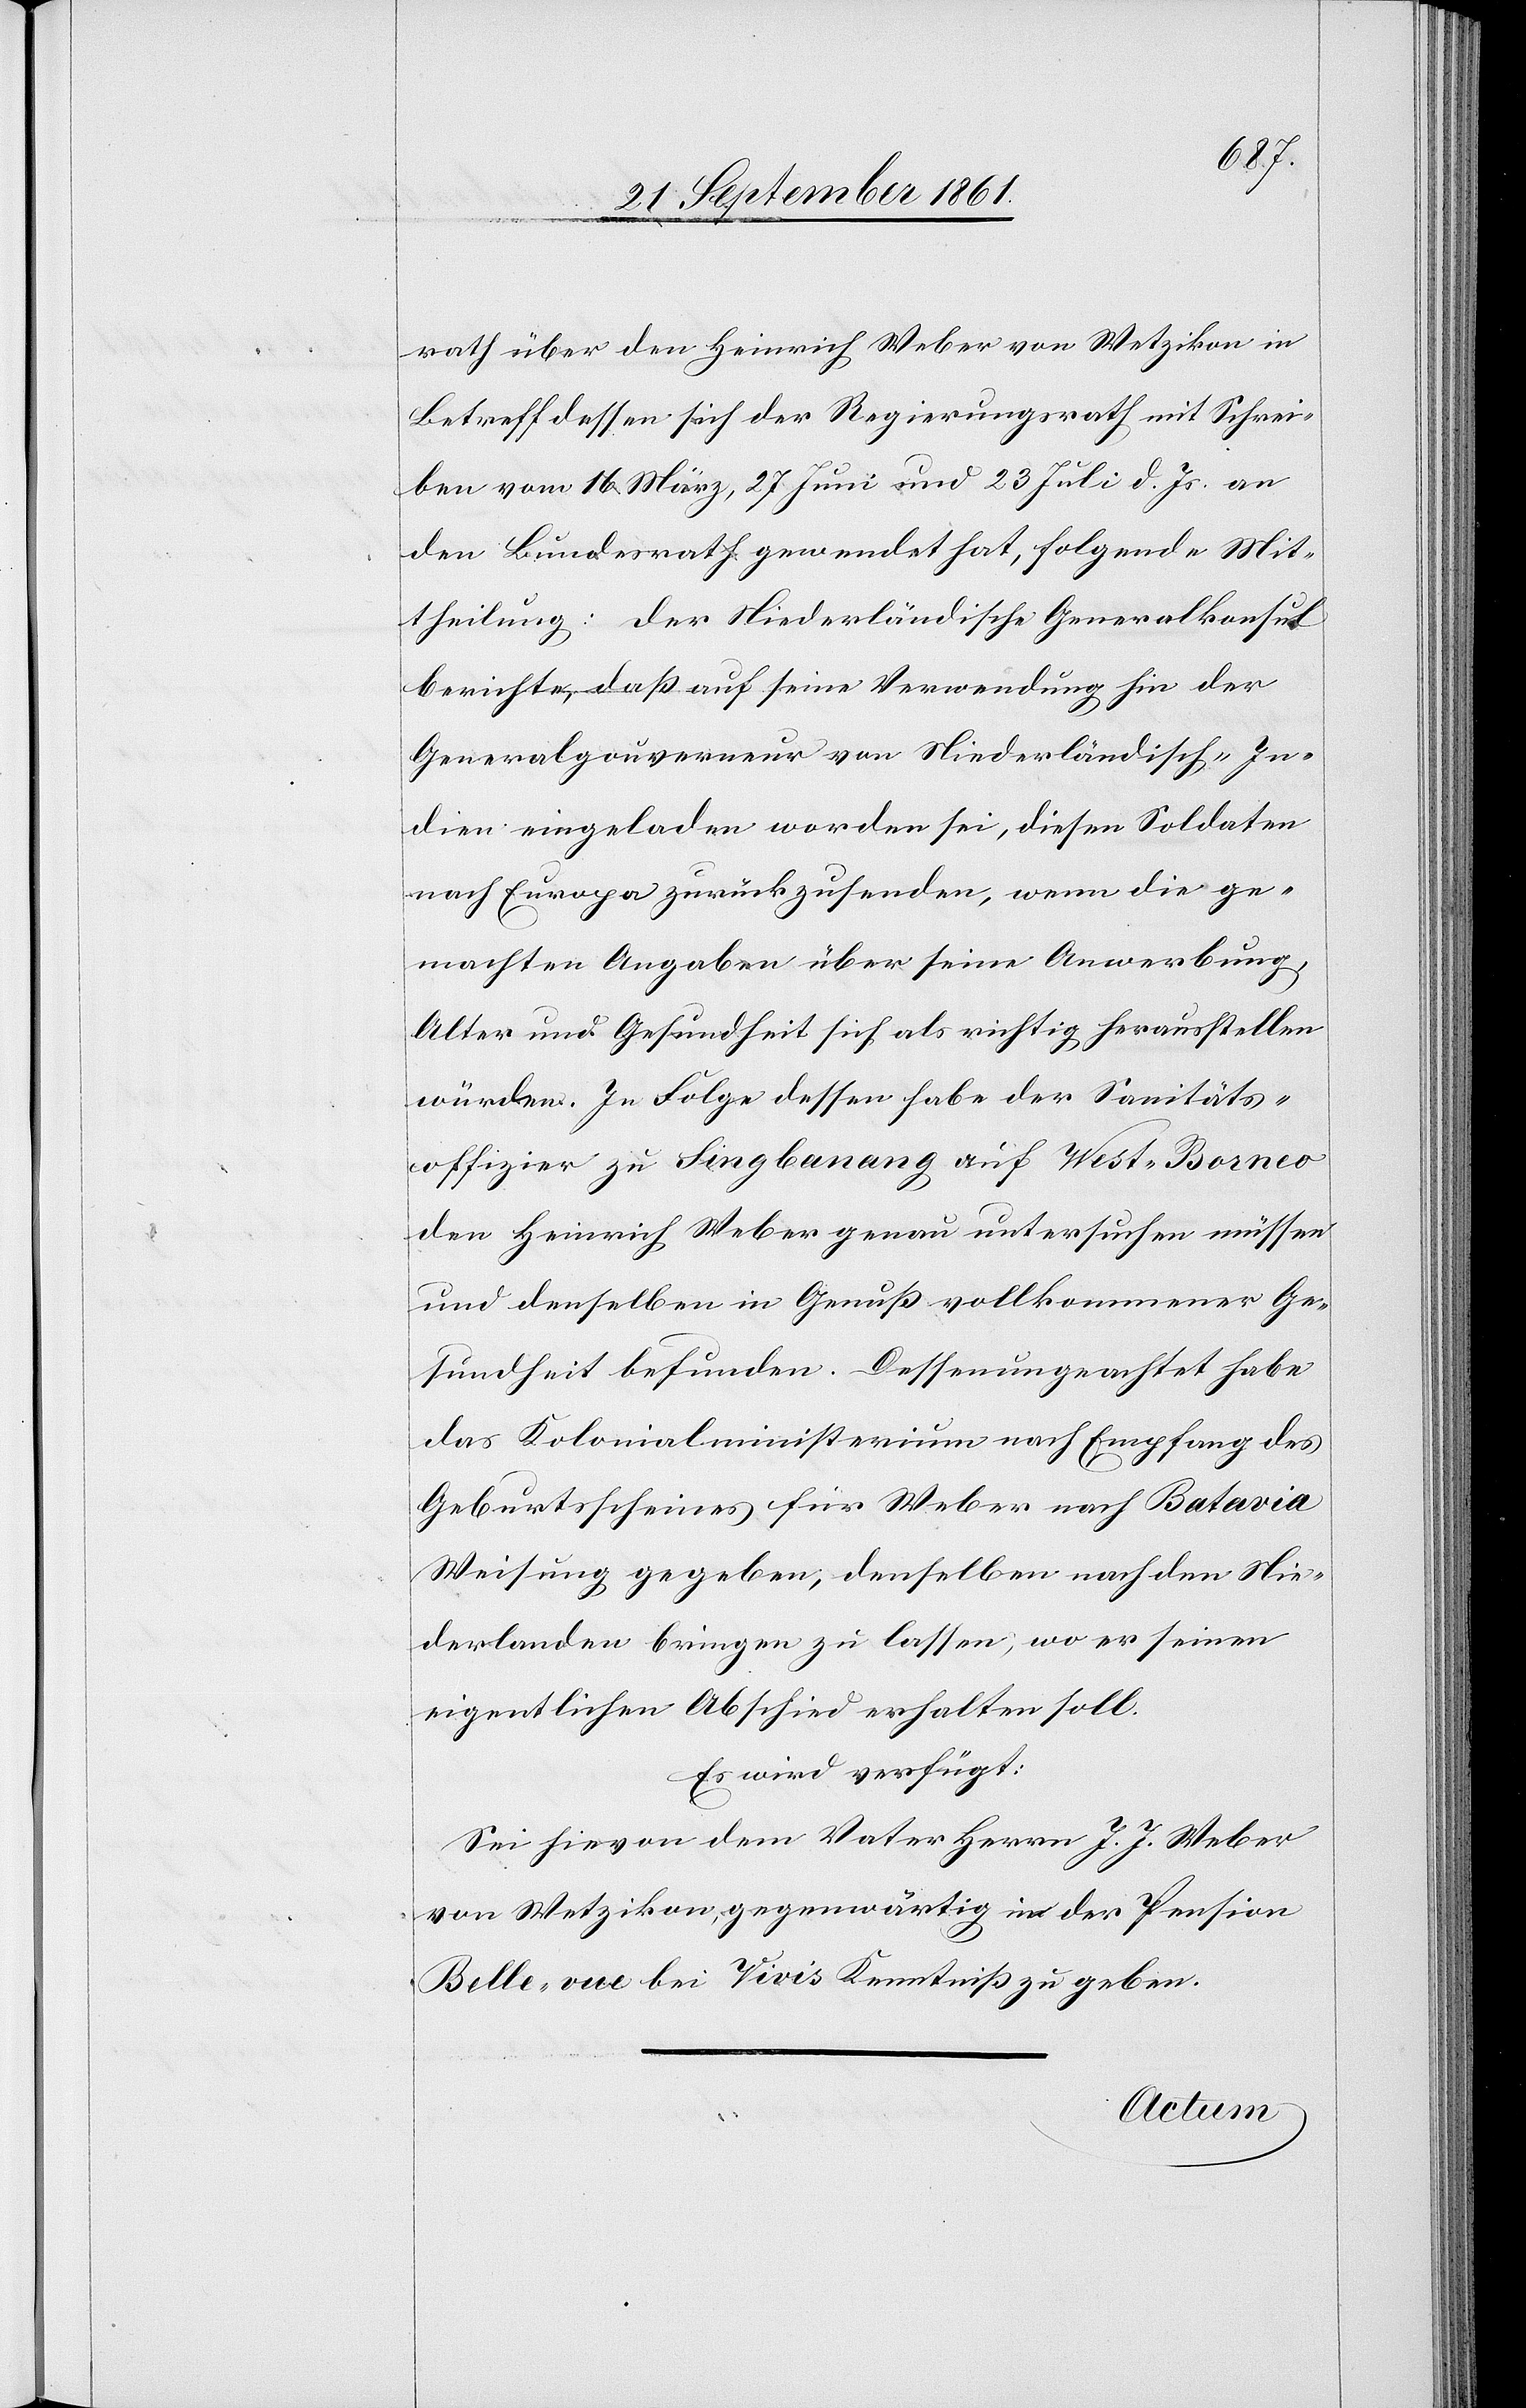
rath über den Heinrich Weber von Wetzikon in
Betreff dessen sich der Regierungsrath mit Schrei¬
ben vom 16 März, 27 Juni und 23 Juli d. Js. an
den Bundesrath gewendet hat, folgende Mit¬
theilung: der Niederländische Generalkonsul
berichtet, daß auf seine Verwendung hin der
Generalgouverneur von Niederländisch-In¬
dien eingeladen worden sei, diesen Soldaten
nach Europa zurückzusenden, wenn die ge¬
machten Angaben über seine Anwerbung,
Alter und Gesundheit sich als richtig herausstellen
würden. In Folge dessen habe der Sanitäts¬
offizier zu Singbanang auf West-Borneo
den Heinrich Weber genau untersuchen müssen
und denselben in Genuß vollkommener Ge¬
sundheit befunden. Dessenungeachtet habe
das Kolonialministerium nach Empfang des
Geburtscheines für Weber nach Batavia
Weisung gegeben, denselben nach den Nie¬
derlanden bringen zu lassen, wo er seinen
eigentlichen Abschied erhalten soll.
Es wird verfügt:
Sei hievon dem Vater Herrn J. J. Weber
von Wetzikon gegenwärtig in der Pension
Belle-vue bei Vivis Kenntniß zu geben.